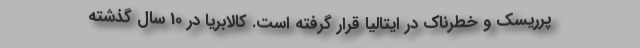
پرریسک و خطرناک در ایتالیا قرار گرفته است. کالابریا در 10 سال گذشته